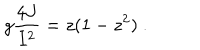
g { \frac { 4 J } { I ^ { 2 } } } = z ( 1 - z ^ { 2 } ) \ .